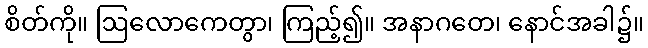
စိတ်ကို။ ဩလောကေတွာ၊ ကြည့်၍။ အနာဂတေ၊ နောင်အခါ၌။